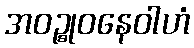
အဝဉ္စုဝနေဝါဟံ